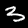
Label: 3